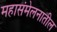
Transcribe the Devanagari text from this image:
महासंमेलनातील